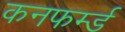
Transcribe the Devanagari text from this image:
कनफर्म्ड